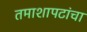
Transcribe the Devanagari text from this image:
तमाशापटांचा